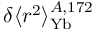
\delta \langle r ^ { 2 } \rangle _ { \mathrm { Y b } } ^ { A , 1 7 2 }